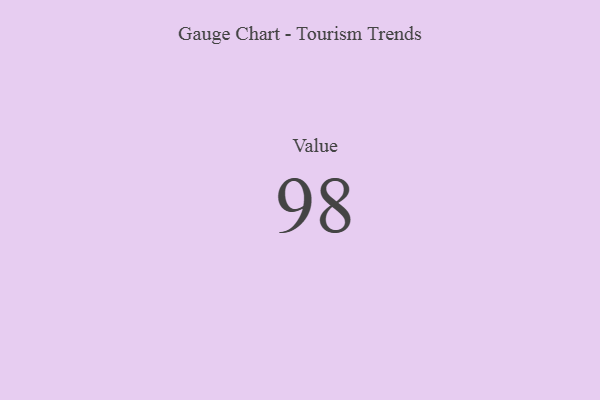
{"axis": {"x": "Metric", "y": "Value"}, "legend": [""], "data": [{"x": "Value", "y": 98, "type": ""}]}